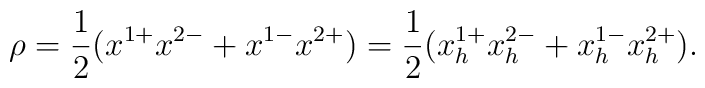
\rho= {1\over 2} (x^{1+} x^{2-} + x^{1-} x^{2+})= {1\over 2} (x^{1+}_h x^{2-}_h + x^{1-}_h x^{2+}_h )  .